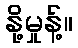
နို့မှုန့်။